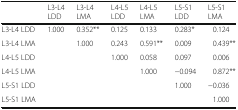
|  | L3-L4 LDD | L3-L4 LMA | L4-L5 LDD | L4-L5 LMA | L5-S1 LDD | L5-S1 LMA |
 | --- | --- | --- | --- | --- | --- | --- |
 | L3-L4 LDD | 1.000 | 0.352** | 0.125 | 0.133 | 0.283* | 0.124 |
 | L3-L4 LMA |  | 1.000 | 0.243 | 0.591** | 0.009 | 0.439** |
 | L4-L5 LDD |  |  | 1.000 | 0.058 | 0.097 | 0.006 |
 | L4-L5 LMA |  |  |  | 1.000 | −0.094 | 0.872** |
 | L5-S1 LDD |  |  |  |  | 1.000 | −0.036 |
 | L5-S1 LMA |  |  |  |  |  | 1.000 |